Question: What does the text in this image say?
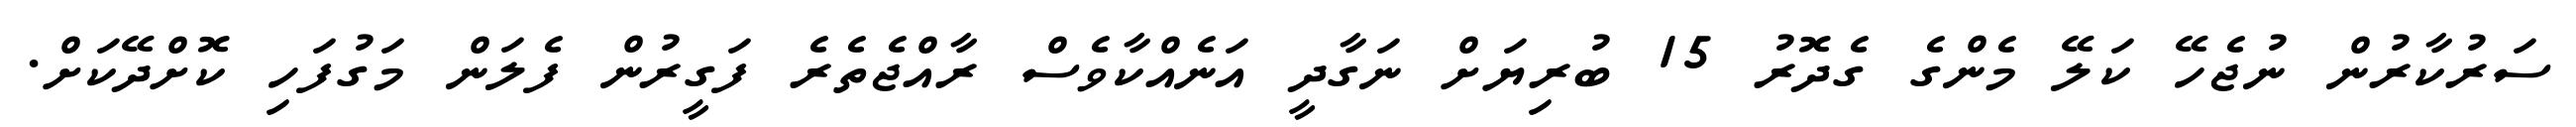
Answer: ސަރުކާރުން ނުޖެހޭ ކަލޭ މެންގެ ގެދޮރު 15 ބުރިޔަށް ނަގާދީ އަނެއްކާވެސް ރާއްޖެތެރެ ފަގީރުން ފެލަން މަގުފަހި ކޮށްދޭކަށް.